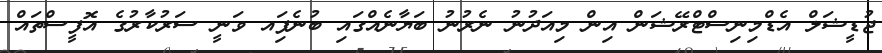
ޖުޑީޝަލް އެޑްމިނިސްޓްރޭޝަން އިން މިއަދުނު ނެރުނު ބަޔާނެއްގައި ބުނެފަިއ ވަނީ ސަރުކާރުގެ އޮފީސްތައް